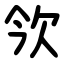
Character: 欦